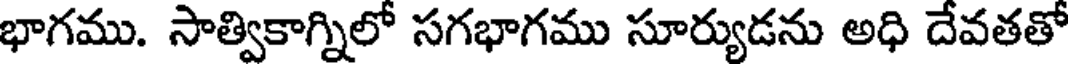
భాగము. సాత్వికాగ్నిలో సగభాగము సూర్యుడను అధి దేవతతో